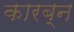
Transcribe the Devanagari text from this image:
कारब्न